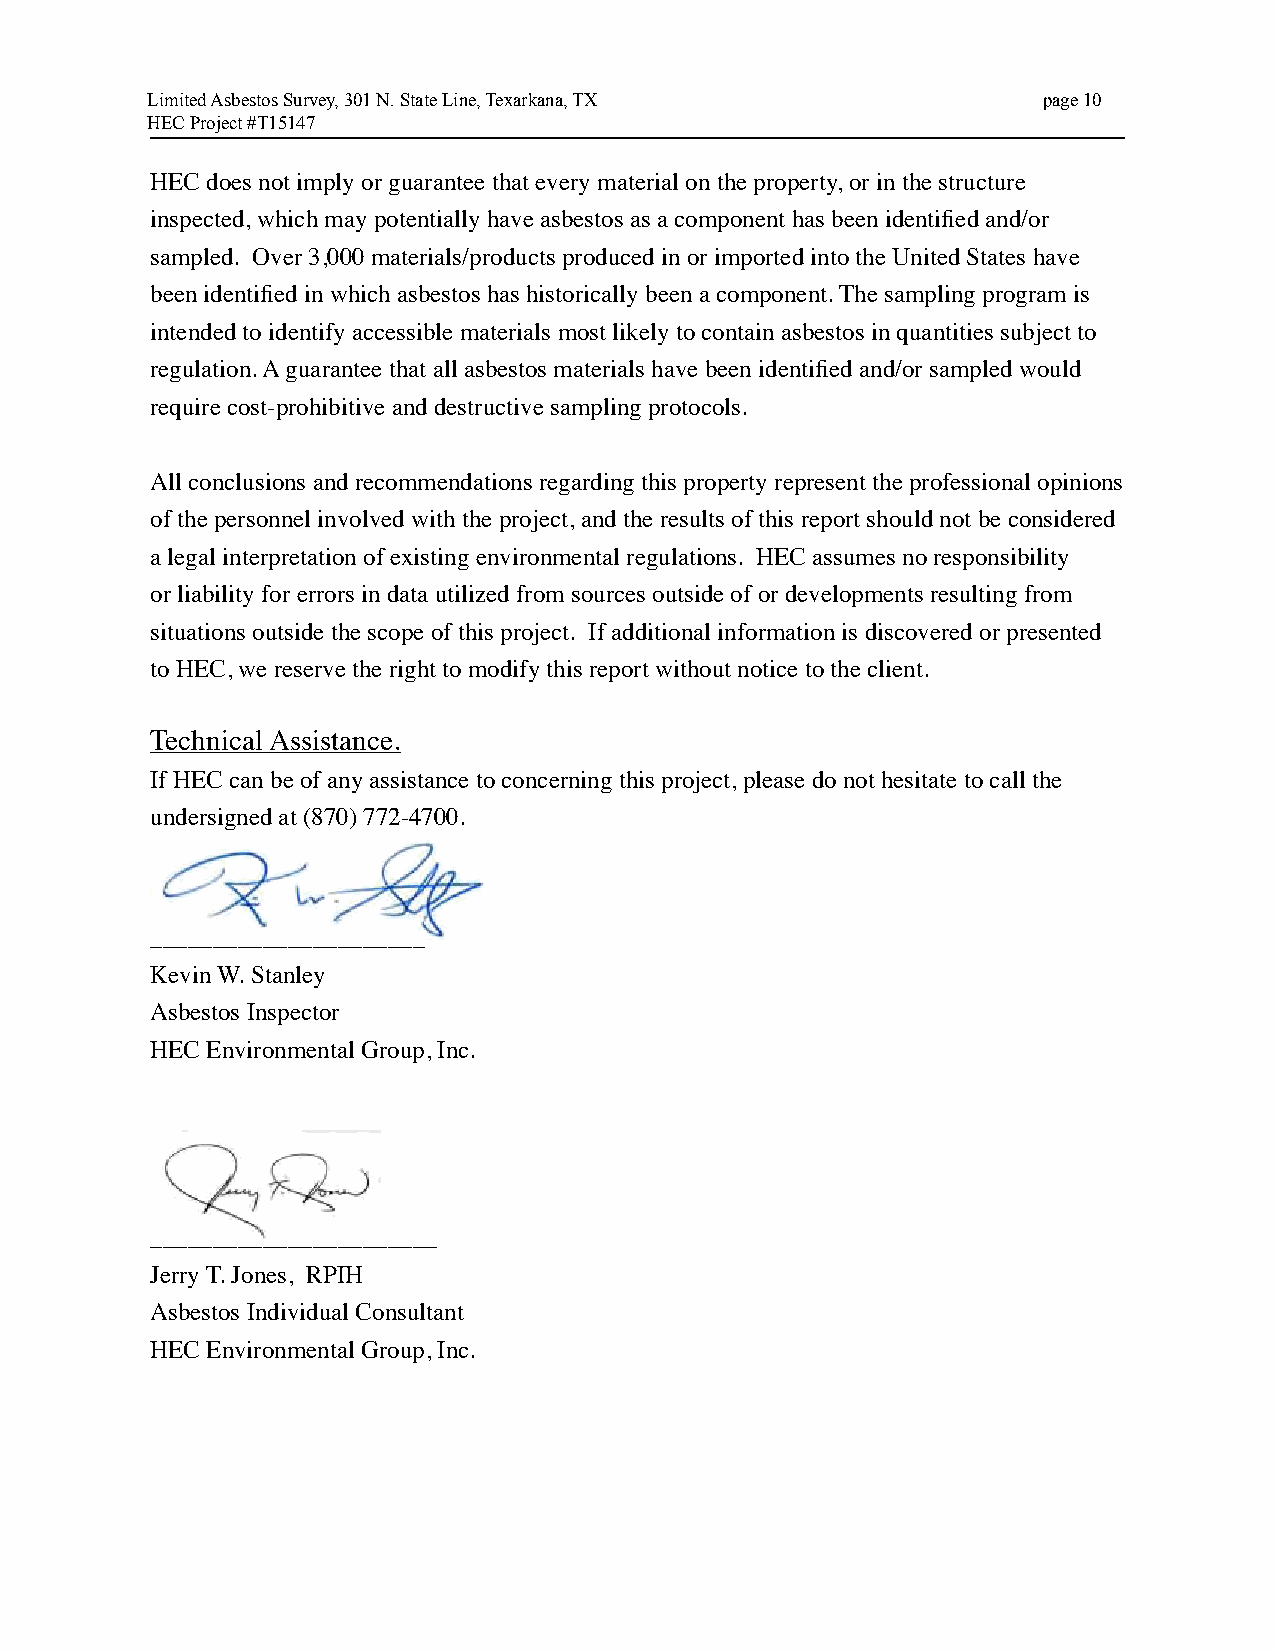
Limited Asbestos Survey, 301 N. State Line, Texarkana, TX  page 10
 HEC Project #T15147
 HEC does not imply or guarantee that every material on the property, or in the structure
 inspected, which may potentially have asbestos as a component has been identified and/or
 sampled. Over 3,000 materials/products produced in or imported into the United States have
 been identified in which asbestos has historically been a component. The sampling program is
 intended to identify accessible materials most likely to contain asbestos in quantities subject to
 regulation. A guarantee that all asbestos materials have been identified and/or sampled would
 require cost-prohibitive and destructive sampling protocols.
 All conclusions and recommendations regarding this property represent the professional opinions
 of the personnel involved with the project, and the results of this report should not be considered
 a legal interpretation of existing environmental regulations. HEC assumes no responsibility
 or liability for errors in data utilized from sources outside of or developments resulting from
 situations outside the scope of this project. If additional information is discovered or presented
 to HEC, we reserve the right to modify this report without notice to the client.
 Technical Assistance.
 If HEC can be of any assistance to concerning this project, please do not hesitate to call the
 undersigned at (870) 772-4700.
 ______________________
 Kevin W. Stanley
 Asbestos Inspector
 HEC Environmental Group, Inc.
 _______________________
 Jerry T. Jones, RPIH
 Asbestos Individual Consultant
 HEC Environmental Group, Inc.